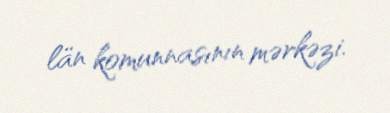
län komunnasının mərkəzi.